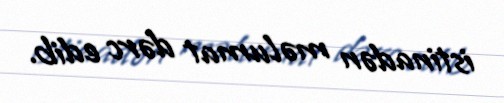
istinadən məlumat dərc edib.